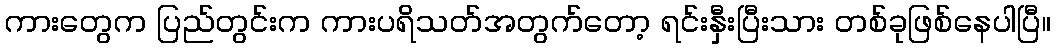
ကားတွေက ပြည်တွင်းက ကားပရိသတ်အတွက်တော့ ရင်းနှီးပြီးသား တစ်ခုဖြစ်နေပါပြီ။